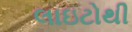
લાઇટોથી